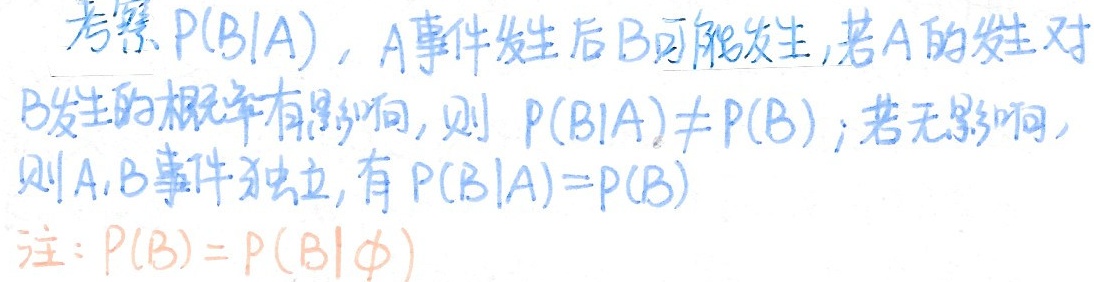
考察$P(B|A)$，$A$事件发生后$B$可能发生，若$A$的发生对$B$发生的概率有影响，则$P(B|A)\neq P(B)$；若无影响，则$A,B$事件独立，有$P(B|A)=P(B)$

注：$P(B)=P(B|\varnothing)$